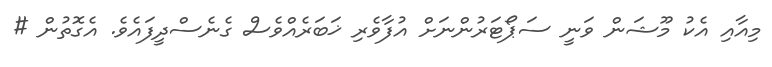
މިއާއި އެކު މޫޝަން ވަނީ ސަޕޯޓަރުންނަށް އުފާވެރި ޚަބަރެއްވެސް ގެނެސްދީފައެވެ. އެގޮތުން #